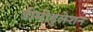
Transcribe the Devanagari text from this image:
डीमोडुलेशन